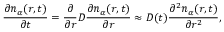
\frac { \partial n _ { \alpha } ( r , t ) } { \partial t } = \frac { \partial } { \partial r } D \frac { \partial n _ { \alpha } ( r , t ) } { \partial r } \approx D ( t ) \frac { \partial ^ { 2 } n _ { \alpha } ( r , t ) } { \partial r ^ { 2 } } ,